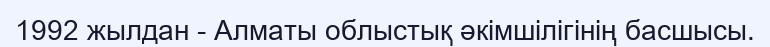
1992 жылдан - Алматы облыстық әкімшілігінің басшысы.